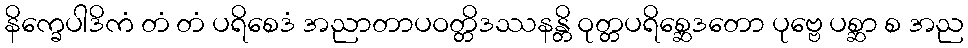
နိက္ခေပါဒိကံ တံ တံ ပရိစေဒံ အညာတာပဝတ္တိဒဿနန္တိ ဝုတ္တပရိစ္ဆေဒတော ပုဗ္ဗေ ပစ္ဆာ စ အည